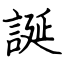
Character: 誕